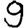
Digit: 9